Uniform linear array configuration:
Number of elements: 12
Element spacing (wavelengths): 0.25
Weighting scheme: uniform
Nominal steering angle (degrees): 15
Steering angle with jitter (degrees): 13.323
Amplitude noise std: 0.05
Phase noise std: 0.05

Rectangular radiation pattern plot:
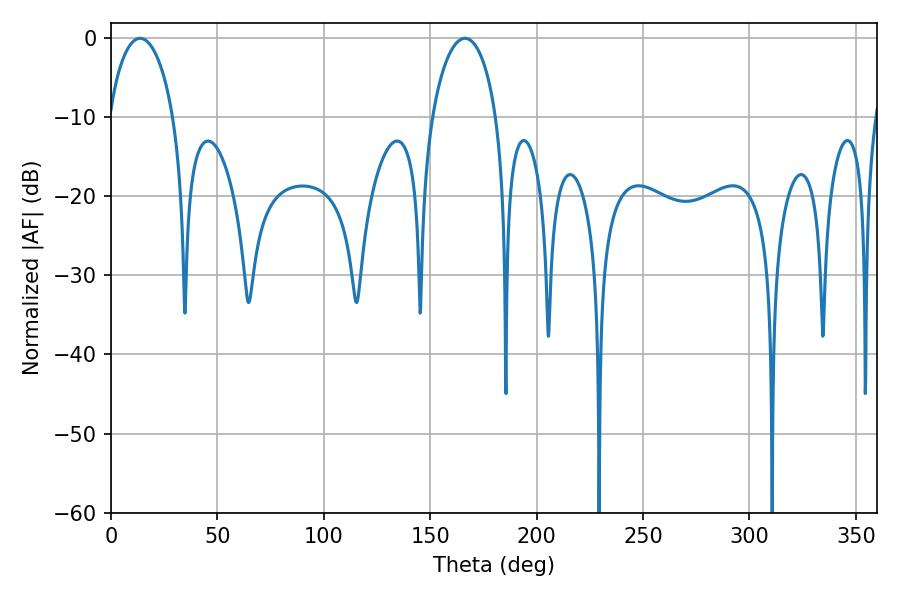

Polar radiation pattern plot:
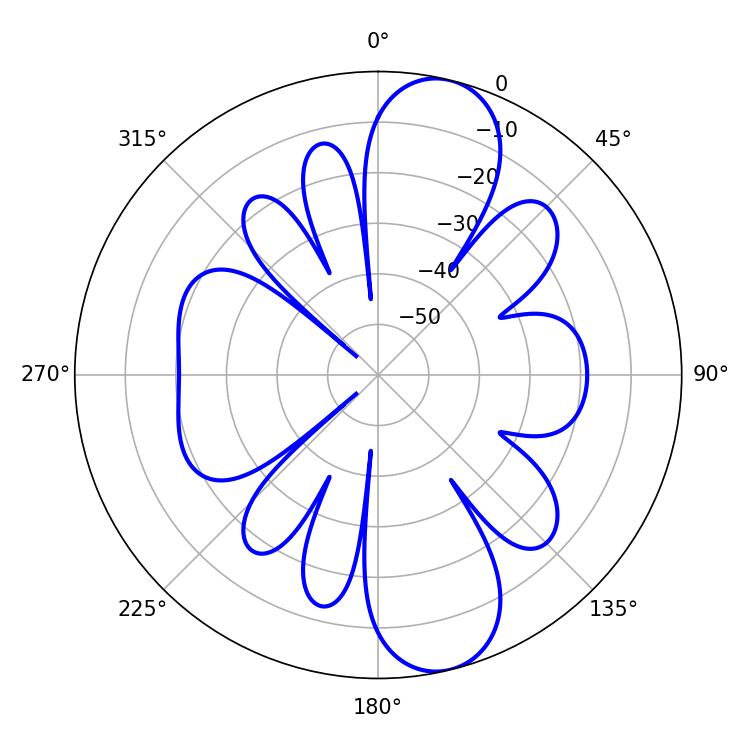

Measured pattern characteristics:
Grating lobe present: FALSE
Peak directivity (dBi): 11.144
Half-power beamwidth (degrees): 17.28
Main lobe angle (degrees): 166.32